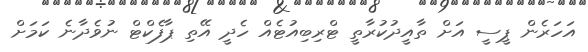
އަހަރެން ޕީސީ އަށް ތާއީދުކުރާތީ ޓްރިބިއުޓެއް ހެދީ އޭތި ޕާފެކްޓް ނުވެދާނެ ކަމަށް